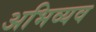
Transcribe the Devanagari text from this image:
अभिव्यव